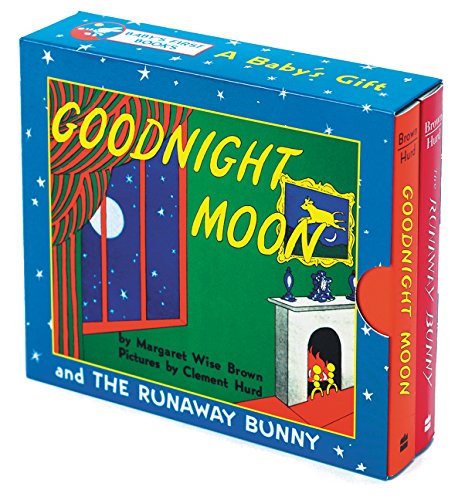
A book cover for A Baby's Gift; Margaret Wise Brown; Children's Books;